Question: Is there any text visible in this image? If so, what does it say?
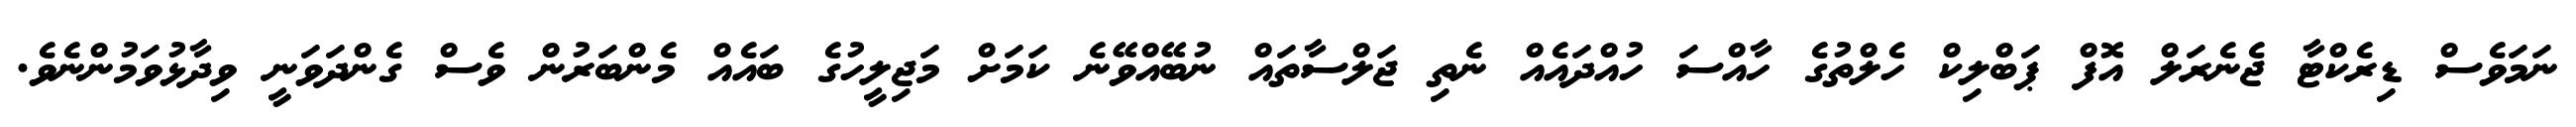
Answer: ނަމަވެސް ޑިރެކްޓާ ޖެނެރަލް އޮފް ޕަބްލިކް ހެލްތުގެ ހާއްސަ ހުއްދައެއް ނެތި ޖަލްސާތައް ނުބޭއްވޭނެ ކަމަށް މަޖިލީހުގެ ބައެއް މެންބަރުން ވެސް ގެންދަވަނީ ވިދާޅުވަމުންނެވެ.